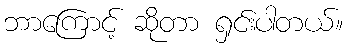
ဘာကြောင့် ဆိုတာ ရှင်းပါတယ်။